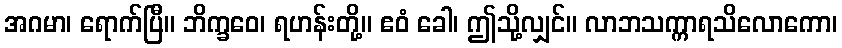
အဂမာ၊ ရောက်ပြီ။ ဘိက္ခဝေ၊ ရဟန်းတို့။ ဧဝံ ခေါ၊ ဤသို့လျှင်။ လာဘသက္ကာရသိလောကော၊